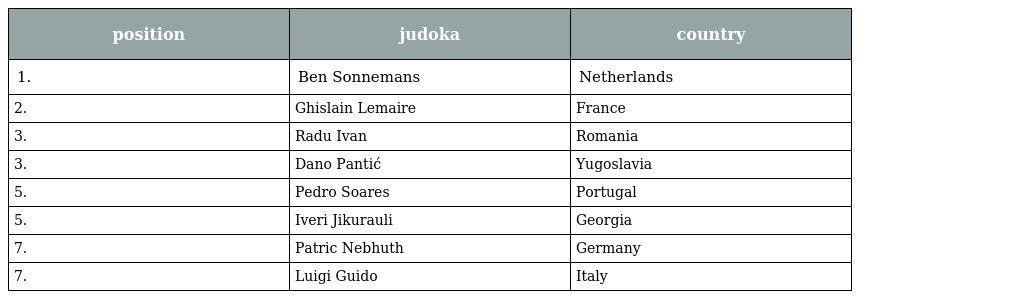
| position | judoka | country |
 | --- | --- | --- |
 | 1. | Ben Sonnemans | Netherlands |
 | 2. | Ghislain Lemaire | France |
 | 3. | Radu Ivan | Romania |
 | 3. | Dano Pantić | Yugoslavia |
 | 5. | Pedro Soares | Portugal |
 | 5. | Iveri Jikurauli | Georgia |
 | 7. | Patric Nebhuth | Germany |
 | 7. | Luigi Guido | Italy |